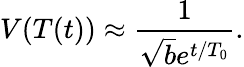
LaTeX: V(T(t))\approx\frac{1}{\sqrt{b}e^{t/T_{0}}}.